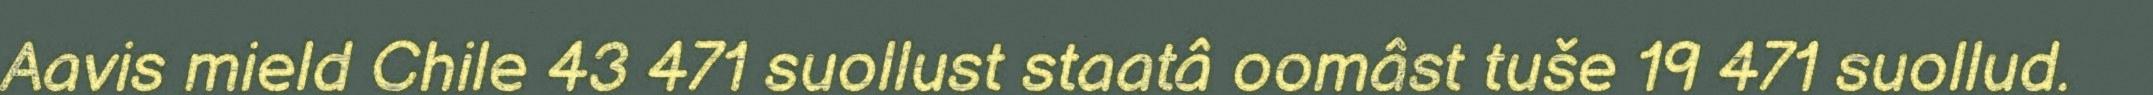
Aavis mield Chile 43 471 suollust staatâ oomâst tuše 19 471 suollud.